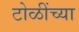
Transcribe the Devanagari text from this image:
टोळींच्या